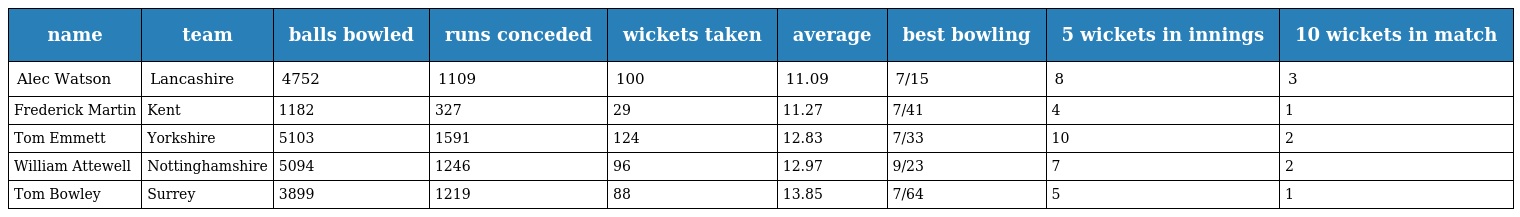
| name | team | balls bowled | runs conceded | wickets taken | average | best bowling | 5 wickets in innings | 10 wickets in match |
 | --- | --- | --- | --- | --- | --- | --- | --- | --- |
 | Alec Watson | Lancashire | 4752 | 1109 | 100 | 11.09 | 7/15 | 8 | 3 |
 | Frederick Martin | Kent | 1182 | 327 | 29 | 11.27 | 7/41 | 4 | 1 |
 | Tom Emmett | Yorkshire | 5103 | 1591 | 124 | 12.83 | 7/33 | 10 | 2 |
 | William Attewell | Nottinghamshire | 5094 | 1246 | 96 | 12.97 | 9/23 | 7 | 2 |
 | Tom Bowley | Surrey | 3899 | 1219 | 88 | 13.85 | 7/64 | 5 | 1 |